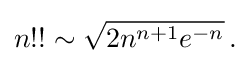
{\textstyle n!!\sim {\sqrt {2n^{n+1}e^{-n}}}\,.}